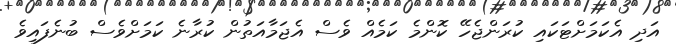
އަދި އެކަމަށްޓަކައި ކުރަންޖެހޭ ކޮންމެ ކަމެއް ވެސް އެޖަމާއަތުން ކުރާނެ ކަމަށްވެސް ބުނެފައިވެ